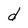
Character: d